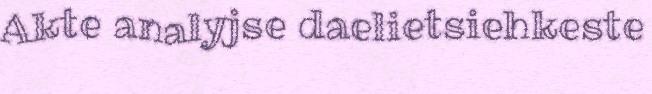
Akte analyjse daelietsiehkeste